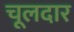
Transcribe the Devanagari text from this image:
चूलदार